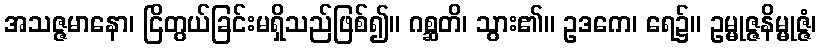
အသဇ္ဇမာနော၊ ငြိတွယ်ခြင်းမရှိသည်ဖြစ်၍။ ဂစ္ဆတိ၊ သွား၏။ ဥဒကေ၊ ရေ၌။ ဥမ္မုဇ္ဇနိမ္မုဇ္ဇံ၊